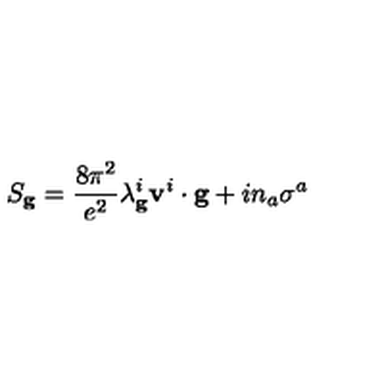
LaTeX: S _ { \bf g } = \frac { 8 \pi ^ { 2 } } { e ^ { 2 } } \lambda _ { \bf g } ^ { i } { \bf v } ^ { i } \cdot { \bf g } + i n _ { a } \sigma ^ { a }